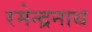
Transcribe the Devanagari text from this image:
रमेन्द्रनाथ